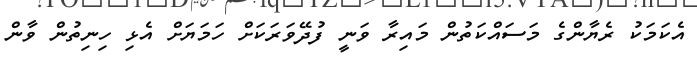
އެކަމަކު ރެޔާންގެ މަސައްކަތުން މައިރާ ވަނީ ފުދޭވަރަކަށް ހަމަޔަށް އެޅި ހިނިތުން ވާން